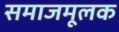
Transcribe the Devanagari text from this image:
समाजमूलक